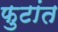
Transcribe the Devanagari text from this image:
फुटांत